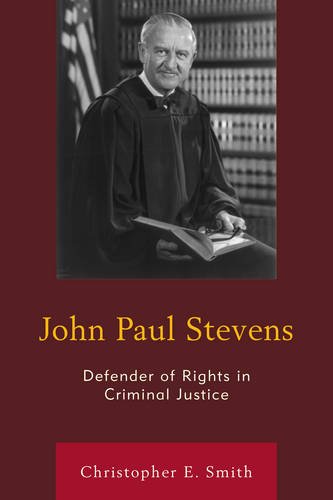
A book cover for John Paul Stevens: Defender of Rights in Criminal Justice; Christopher E. Smith; Law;